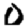
Digit: 0